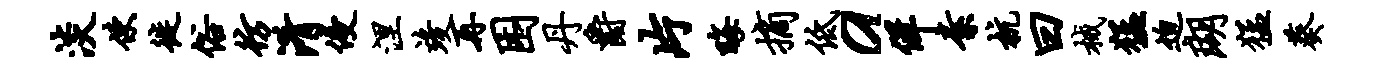
淡使徙俗彷淆侵涅竣再困丹爵片晦摘低a佯素杭曰械猛迫瑚猛葵